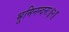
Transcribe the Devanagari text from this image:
भूमिनन्दनः॥२॥